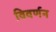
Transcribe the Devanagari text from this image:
विवर्णन